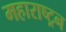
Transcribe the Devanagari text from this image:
महाराष्ट्रन